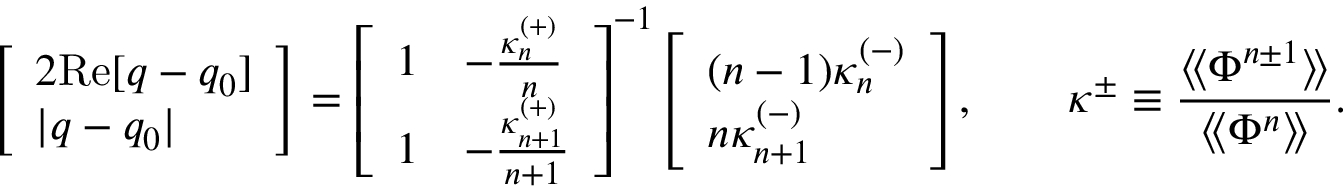
{ \left[ \begin{array} { l } { 2 { \mathrm { R e } } [ q - q _ { 0 } ] } \\ { | q - q _ { 0 } | } \end{array} \right] } = { \left[ \begin{array} { l l } { 1 } & { - { \frac { \kappa _ { n } ^ { ( + ) } } { n } } } \\ { 1 } & { - { \frac { \kappa _ { n + 1 } ^ { ( + ) } } { n + 1 } } } \end{array} \right] } ^ { - 1 } { \left[ \begin{array} { l } { ( n - 1 ) \kappa _ { n } ^ { ( - ) } } \\ { n \kappa _ { n + 1 } ^ { ( - ) } } \end{array} \right] } , \qquad \kappa ^ { \pm } \equiv { \frac { \langle \! \langle \Phi ^ { n \pm 1 } \rangle \! \rangle } { \langle \! \langle \Phi ^ { n } \rangle \! \rangle } } .